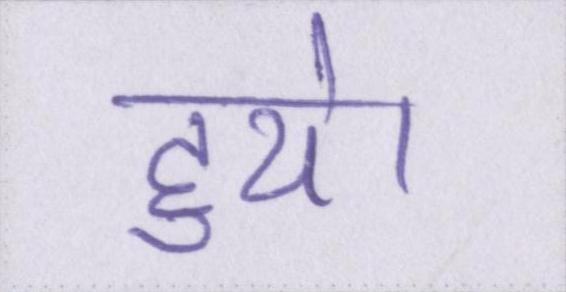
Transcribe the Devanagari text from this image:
हुये।